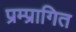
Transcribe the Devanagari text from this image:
प्रम्प्रागित